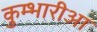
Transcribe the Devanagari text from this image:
कुम्भारीआ